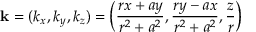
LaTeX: \mathbf { k } = ( k _ { x } , k _ { y } , k _ { z } ) = \left( { \frac { r x + a y } { r ^ { 2 } + a ^ { 2 } } } , { \frac { r y - a x } { r ^ { 2 } + a ^ { 2 } } } , { \frac { z } { r } } \right)